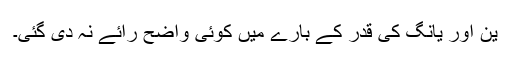
ین اور یانگ کی قدر کے بارے میں کوئی واضح رائے نہ دی گئی۔